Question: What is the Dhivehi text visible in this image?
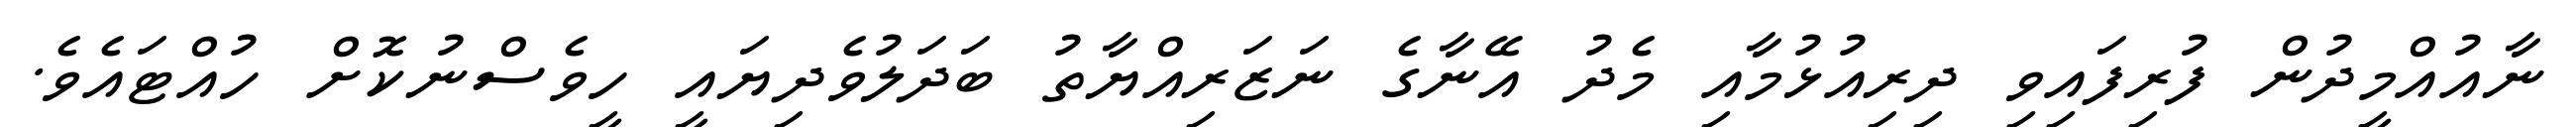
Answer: ނާއުއްމީދުން ފުރިފައިވި ދިރިއުޅުމާއި މެދު އޭނާގެ ނަޒަރިއްޔާތު ބަދަލުވެދިޔައީ ހީވެސްނުކޮށް ހުއްޓައެވެ.